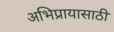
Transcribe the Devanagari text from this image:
अभिप्रायासाठी